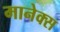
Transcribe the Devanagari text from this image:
मानेक्स